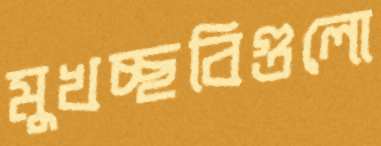
মুখচ্ছবিগুলো